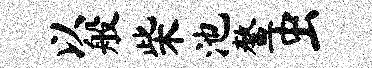
以般柴池鳌虫